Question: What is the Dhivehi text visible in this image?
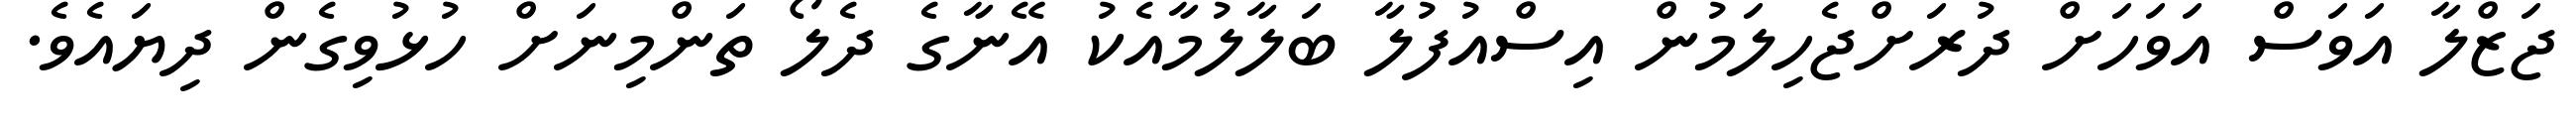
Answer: ޖަޒްލާ އަވަސް އަވަހަށް ދުރަށްޖެހިލަމުން އިސްއުފުލާ ބަލާލުމާއެކު އޭނާގެ ދެލޯ ތަންމިނަށް ހުޅުވިގެން ދިޔައެވެ.